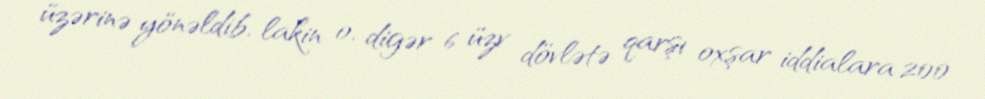
üzərinə yönəldib, lakin o, digər 6 üzv dövlətə qarşı oxşar iddialara 200